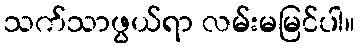
သက်သာဖွယ်ရာ လမ်းမမြင်ပါ။